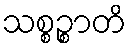
သစ္စဉ္စာတိ